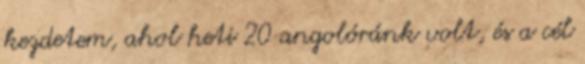
kezdetem, ahol heti 20 angolóránk volt, és a cél